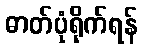
ဓာတ်ပုံရိုက်ရန်